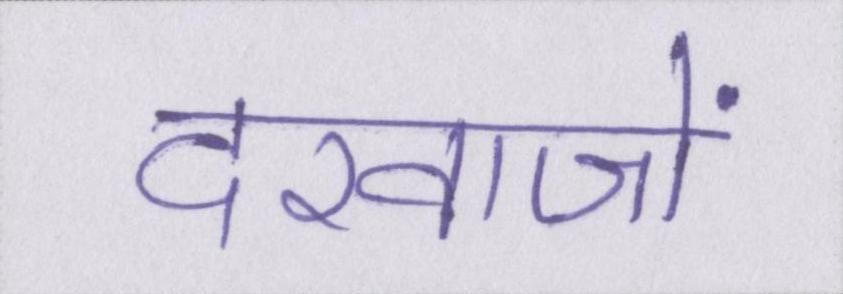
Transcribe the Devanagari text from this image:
दरवाजों